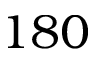
1 8 0